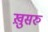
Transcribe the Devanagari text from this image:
ख़ुसरु